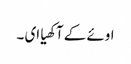
اوئے کے آکھیا ای ۔